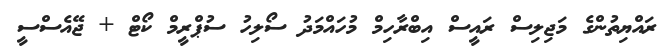
ރައްޔިތުންގެ މަޖިލިސް ރައީސް އިބްރާހިމް މުހައްމަދު ސޯލިހު ސުޕްރީމް ކޯޓް + ޖޭއެސްސީ